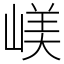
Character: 嵄